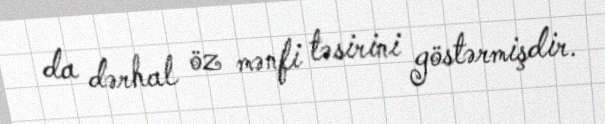
da dərhal öz mənfi təsirini göstərmişdir.